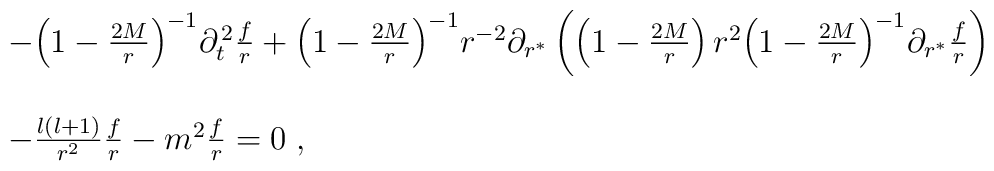
\begin{array}{l}-{\left(1-{2M\over r}\right)}^{-1}\partial_t^{\,2}{f\over r}+{\left(1-{2M\over r}\right)}^{-1}r^{-2}\partial_{r^*}\left(\left(1-{2M\over r}\right)r^2{\left(1-{2M\over r}\right)}^{-1}\partial_{r^*}{f\over r}\right)\\\\-\frac{l\left(l+1\right)}{r^2}{f\over r}-m^2{f\over r}=0\;,\end{array}